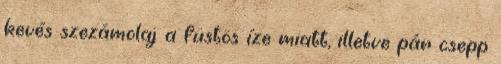
kevés szezámolaj a füstös íze miatt, illetve pár csepp